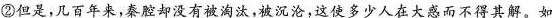
②但是,几百年来,秦腔却没有被淘汰，被沉沦,这使多少人在大感而不得其解。如